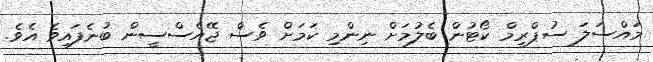
މައްސަލަ ސުޕްރީމް ކޯޓުން ބެލުމަށް ނިންމި ކަމަށް ވެސް ޖޭއެސްސީން ބުނެފައިވެ އެވެ.